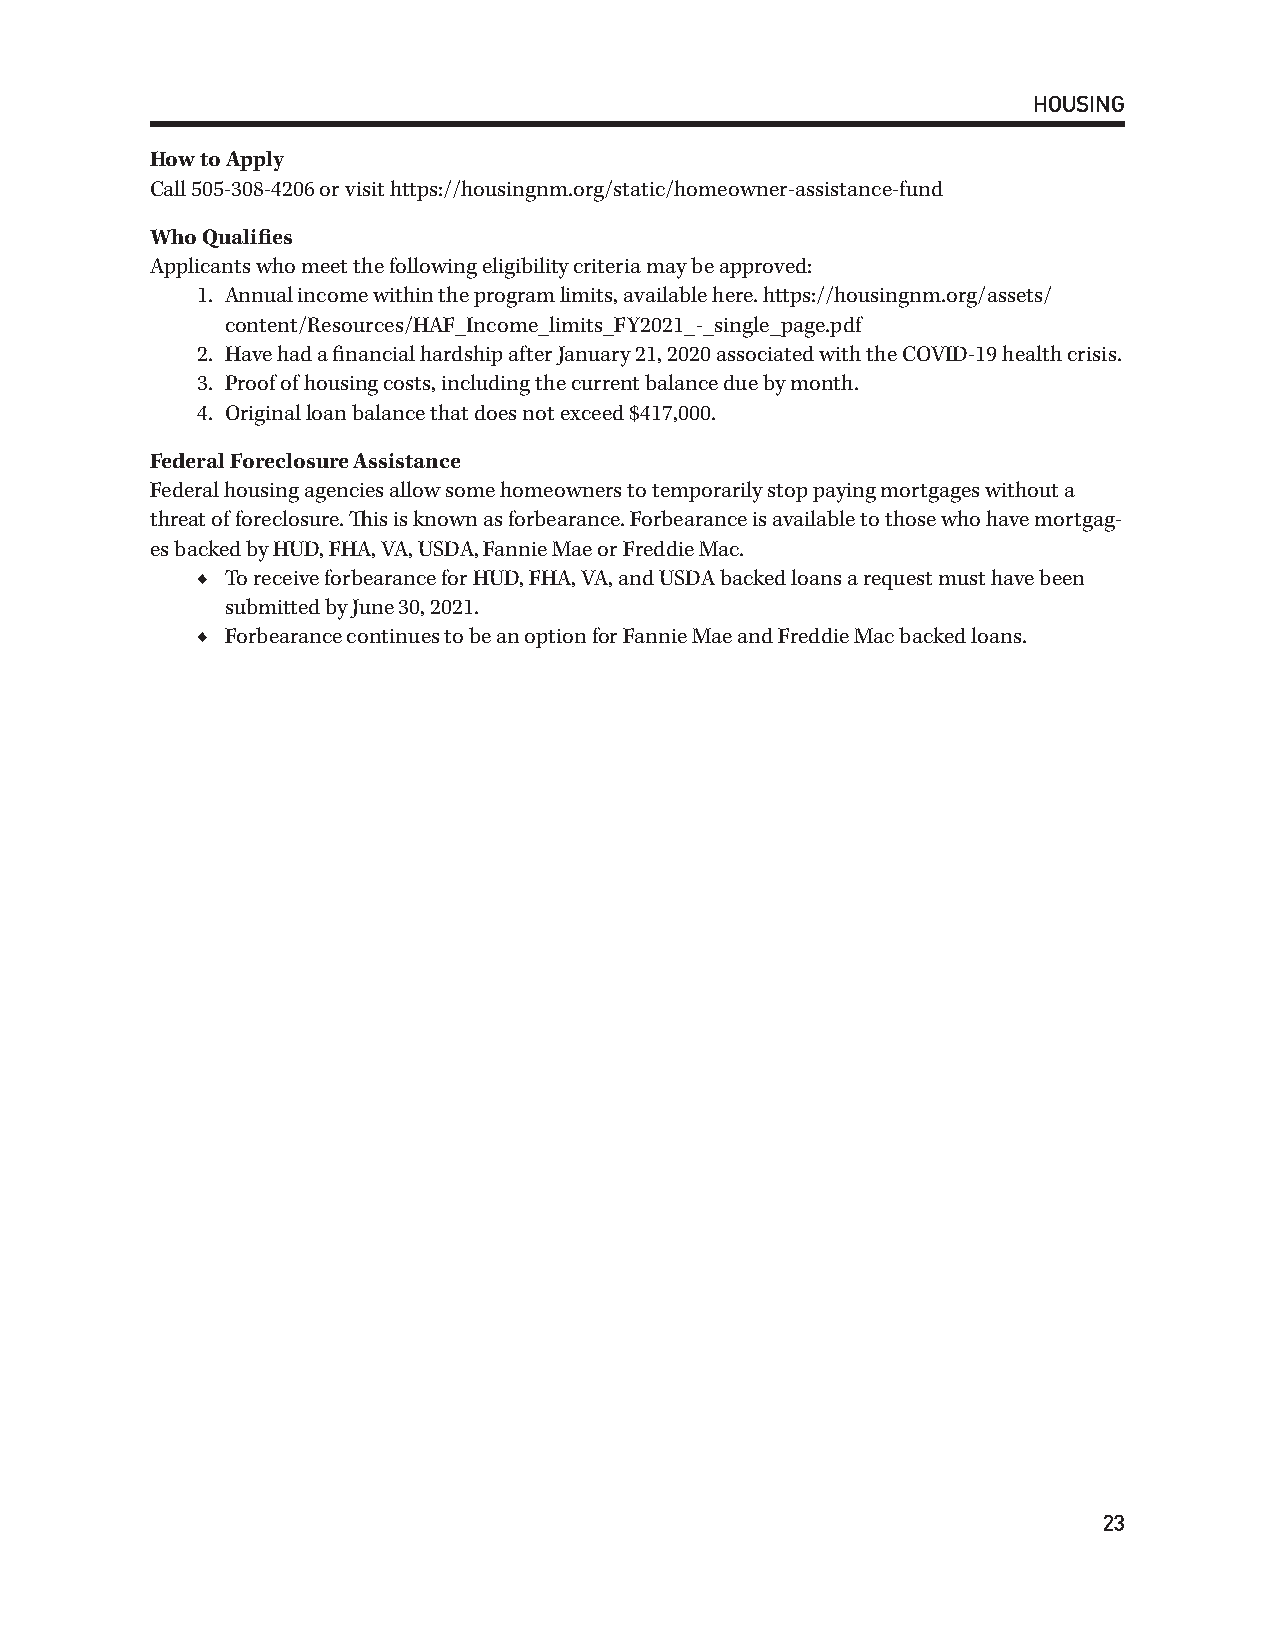
HOUSING
 How to Apply
 Call 505-308-4206 or visit https://housingnm.org/static/homeowner-assistance-fund
 Who Qualifies
 Applicants who meet the following eligibility criteria may be approved:
 1. Annual income within the program limits, available here. https://housingnm.org/assets/
 content/Resources/HAF_Income_limits_FY2021_-_single_page.pdf
 2. Have had a financial hardship after January 21, 2020 associated with the COVID-19 health crisis.
 3. Proof of housing costs, including the current balance due by month.
 4. Original loan balance that does not exceed $417,000.
 Federal Foreclosure Assistance
 Federal housing agencies allow some homeowners to temporarily stop paying mortgages without a
 threat of foreclosure. This is known as forbearance. Forbearance is available to those who have mortgag-
 es backed by HUD, FHA, VA, USDA, Fannie Mae or Freddie Mac.
 ◆ To receive forbearance for HUD, FHA, VA, and USDA backed loans a request must have been
 submitted by June 30, 2021.
 ◆ Forbearance continues to be an option for Fannie Mae and Freddie Mac backed loans.
 23